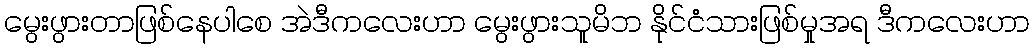
မွေးဖွားတာဖြစ်နေပါစေ အဲဒီကလေးဟာ မွေးဖွားသူမိဘ နိုင်ငံသားဖြစ်မှုအရ ဒီကလေးဟာ